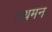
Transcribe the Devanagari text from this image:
प्रथमन